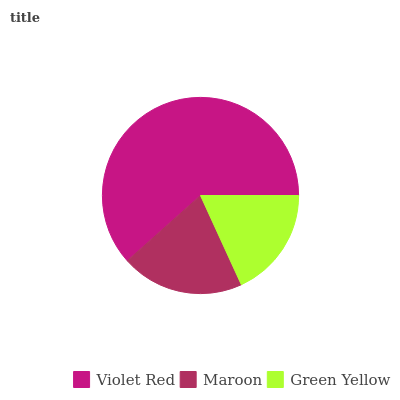
| Violet Red | Maroon | Green Yellow |
 | --- | --- | --- |
 | 61.6% | 20.2% | 18.2% |